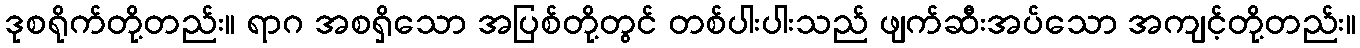
ဒုစရိုက်တို့တည်း။ ရာဂ အစရှိသော အပြစ်တို့တွင် တစ်ပါးပါးသည် ဖျက်ဆီးအပ်သော အကျင့်တို့တည်း။